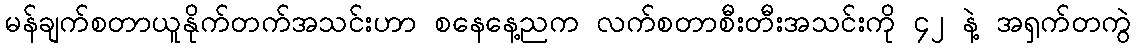
မန်ချက်စတာယူနိုက်တက်အသင်းဟာ စနေနေ့ညက လက်စတာစီးတီးအသင်းကို ၄၂ နဲ့ အရှက်တကွဲ